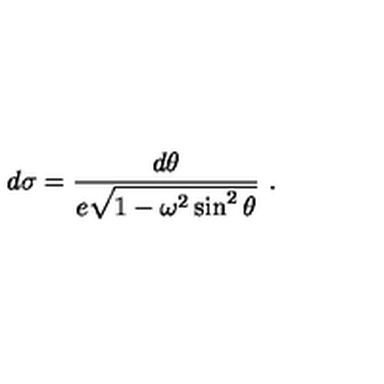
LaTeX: d \sigma = { \frac { d \theta } { e \sqrt { 1 - \omega ^ { 2 } \sin ^ { 2 } \theta } } } \ .